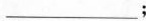
___；